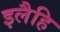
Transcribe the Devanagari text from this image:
इलैहि